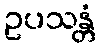
ဥပသန္တံ